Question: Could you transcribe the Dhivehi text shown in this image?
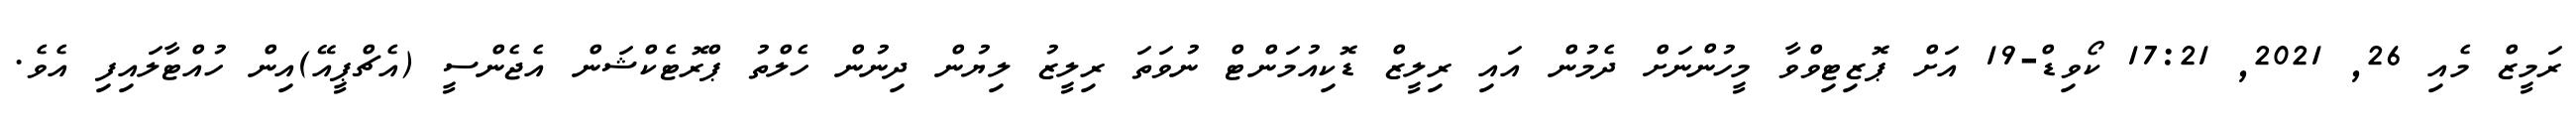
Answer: ރަމީޒް މެއި 26, 2021, 17:21 ކޯވިޑް-19 އަށް ޕޮޒިޓިވްވާ މީހުންނަށް ދެމުން އައި ރިލީޒް ޑޮކިއުމަންޓް ނުވަތަ ރިލީޒު ލިޔުން ދިނުން ހެލްތު ޕްރޮޓެކްޝަން އެޖެންސީ (އެޗްޕީއޭ)އިން ހުއްޓާލައިފި އެވެ.